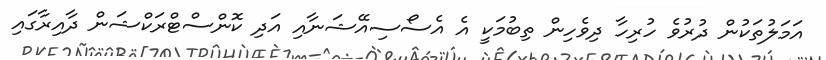
އަމަލުތަކުން ދުރުވެ ހުރިހާ ދިވެހިން ތިބުމަކީ އެ އެސޯސިއޭޝަނާއި އަދި ކޮންސްޓްރަކްޝަން ދާއިރާގައި